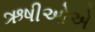
ઋષીઓએ